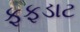
ફફડાટ